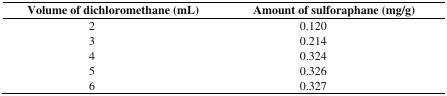
<table><thead><tr><td><b>Volume of dichloromethane (mL)</b></td><td><b>Amount of sulforaphane (mg/g)</b></td></tr></thead><tbody><tr><td>2</td><td>0.120</td></tr><tr><td>3</td><td>0.214</td></tr><tr><td>4</td><td>0.324</td></tr><tr><td>5</td><td>0.326</td></tr><tr><td>6</td><td>0.327</td></tr></tbody></table>